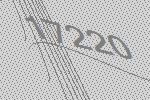
17220